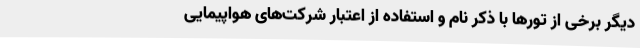
دیگر برخی از تورها با ذکر نام و استفاده از اعتبار شرکت‌های هواپیمایی